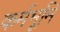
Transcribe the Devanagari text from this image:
कर्मभूमि